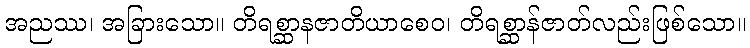
အညဿ၊ အခြားသော။ တိရစ္ဆာနဇာတိယာစေဝ၊ တိရစ္ဆာန်ဇာတ်လည်းဖြစ်သော။